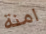
امنة